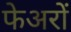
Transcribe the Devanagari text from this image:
फेअरों